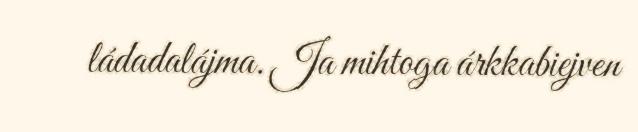
ládadalájma. Ja mihtoga árkkabiejven